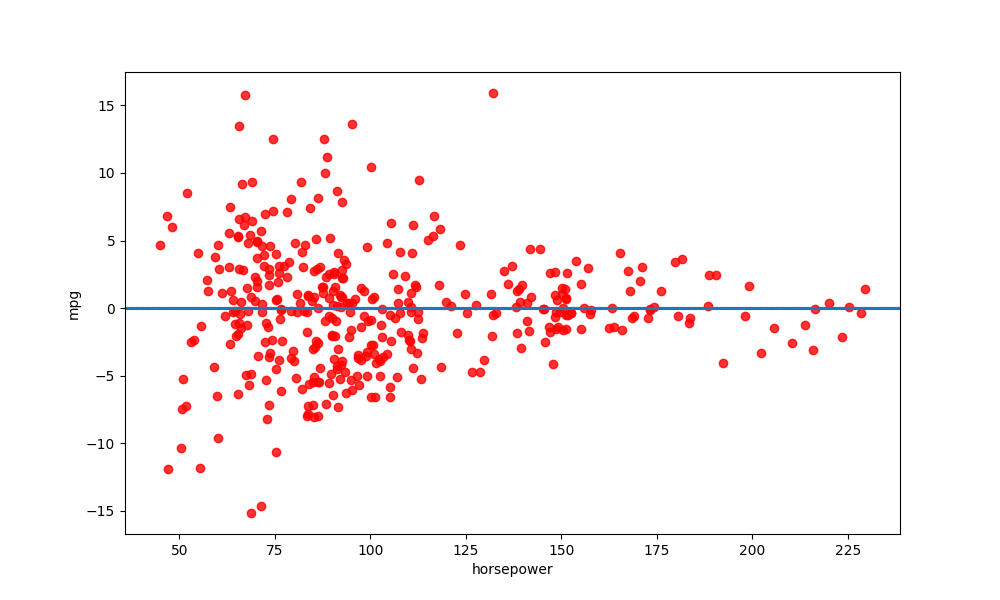
python, seaborn, residplot, lowess=True, scatter_color=red